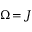
\Omega \! = \! J